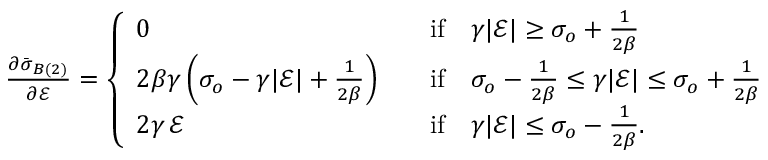
\begin{array} { r } { \frac { \partial \bar { \boldsymbol { \sigma } } _ { B ( 2 ) } } { \partial \mathcal { E } } = \left\{ \begin{array} { l l } { 0 } & { \quad \mathrm { i f } \quad \gamma | \mathcal { E } | \ge \sigma _ { o } + \frac { 1 } { 2 \beta } } \\ { 2 \beta \gamma \left( \sigma _ { o } - \gamma | \mathcal { E } | + \frac { 1 } { 2 \beta } \right) } & { \quad \mathrm { i f } \quad \sigma _ { o } - \frac { 1 } { 2 \beta } \le \gamma | \mathcal { E } | \le \sigma _ { o } + \frac { 1 } { 2 \beta } } \\ { 2 \gamma \, \mathcal { E } } & { \quad \mathrm { i f } \quad \gamma | \mathcal { E } | \le \sigma _ { o } - \frac { 1 } { 2 \beta } . } \end{array} \right. } \end{array}